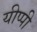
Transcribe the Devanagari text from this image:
यीप्पी